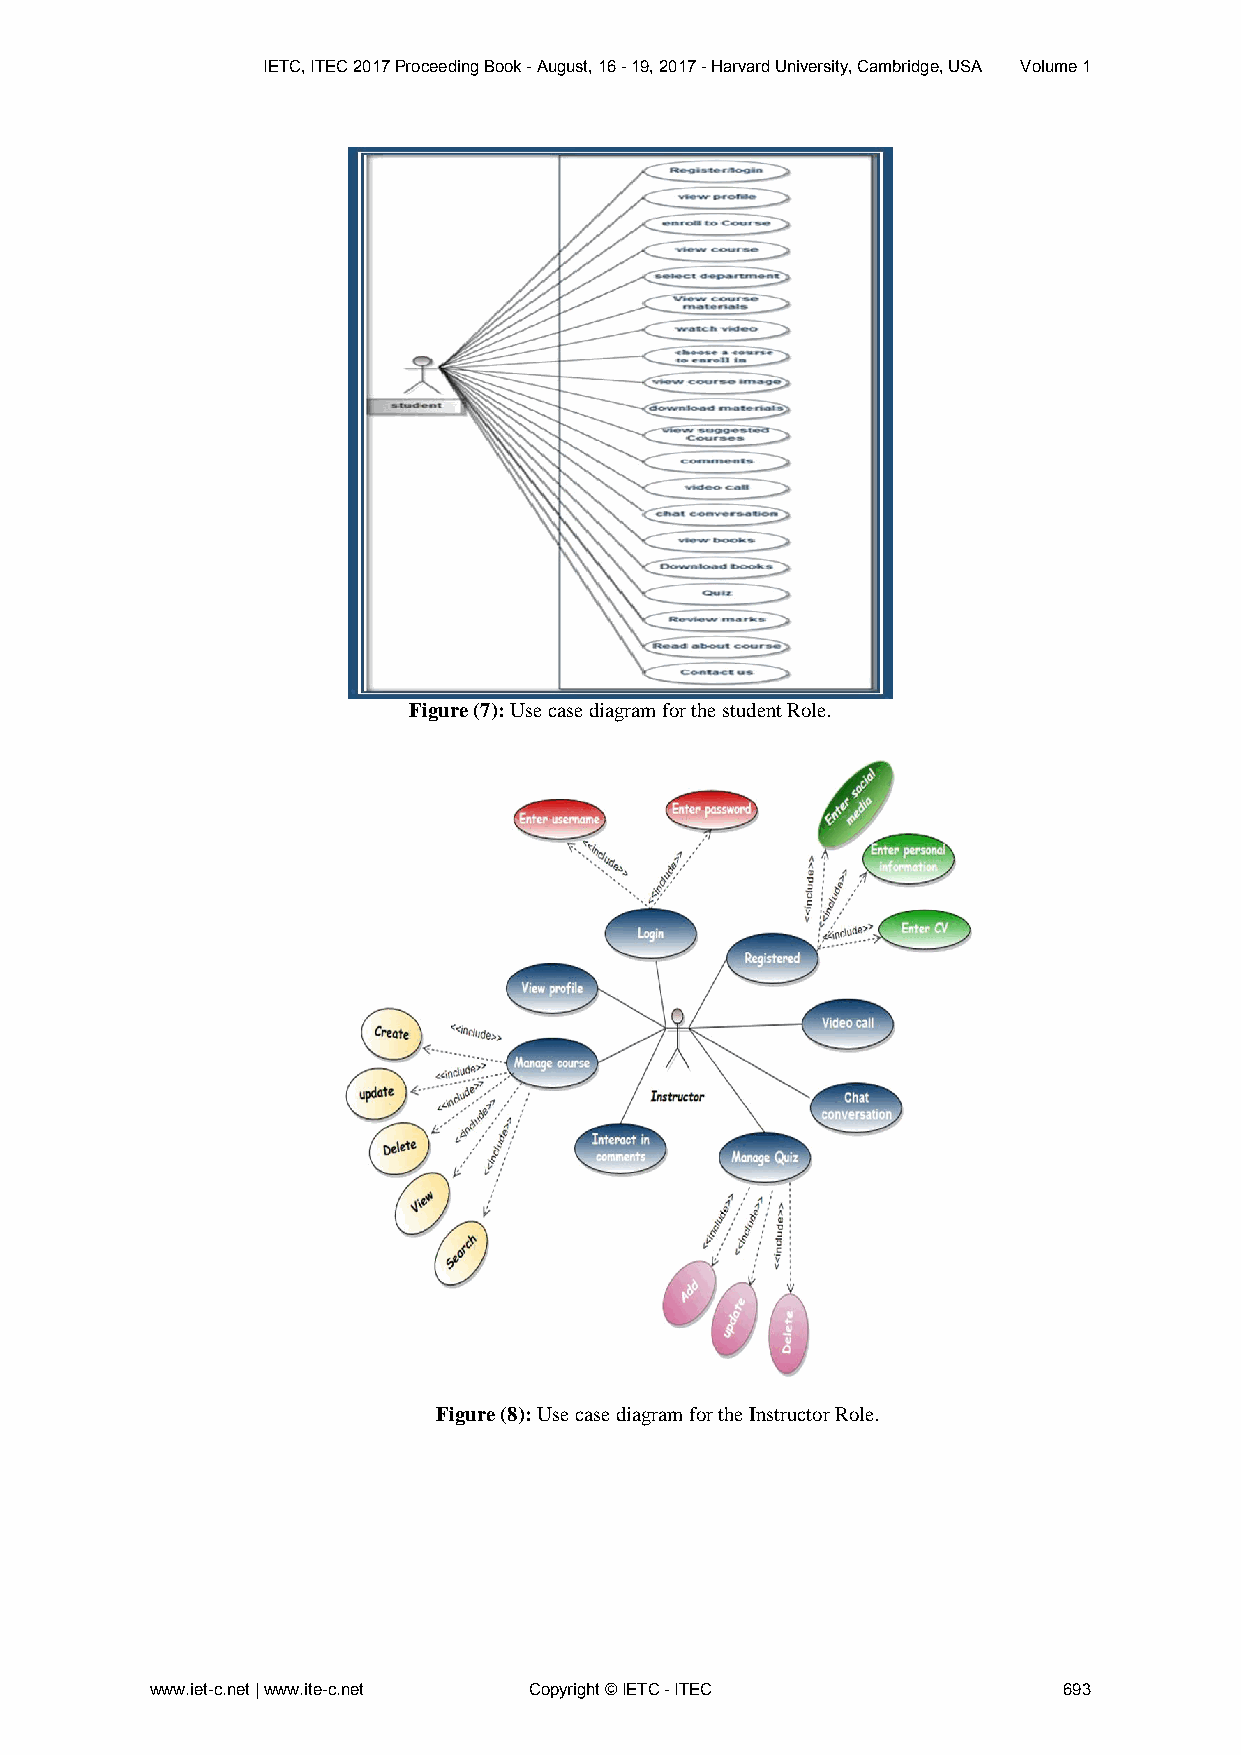
IETC, ITEC 2017 Proceeding Book - August, 16 - 19, 2017 - Harvard University, Cambridge, USA Volume 1
 Figure (7): Use case diagram for the student Role.
 Figure (8): Use case diagram for the Instructor Role.
 www.iet-c.net | www.ite-c.net Copyright © IETC - ITEC       693